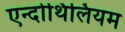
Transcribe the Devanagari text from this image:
एन्दोथिलियम